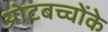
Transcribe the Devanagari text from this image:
थ्रोटबच्चोंके